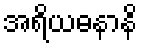
အရိယဓနာနိ